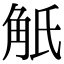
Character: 觗